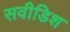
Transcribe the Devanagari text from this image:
सवीडिश